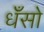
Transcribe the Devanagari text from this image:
धँसो